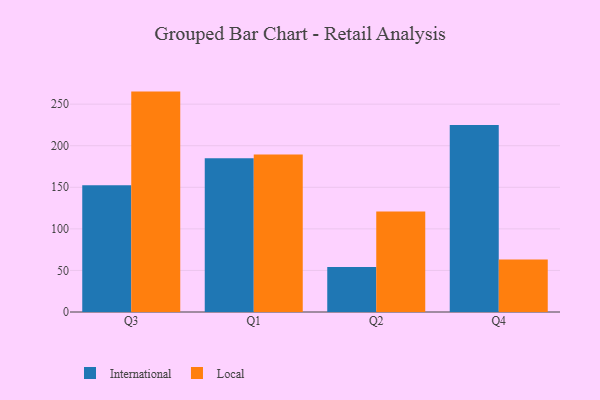
{"axis": {"x": "Quarter", "y": "Market Share (%)"}, "legend": ["International", "Local"], "data": [{"x": "Q3", "y": 152.4, "type": "International"}, {"x": "Q3", "y": 265.1, "type": "Local"}, {"x": "Q1", "y": 184.9, "type": "International"}, {"x": "Q1", "y": 189.5, "type": "Local"}, {"x": "Q2", "y": 54.0, "type": "International"}, {"x": "Q2", "y": 120.9, "type": "Local"}, {"x": "Q4", "y": 225.0, "type": "International"}, {"x": "Q4", "y": 63.2, "type": "Local"}]}